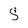
Character: s